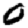
Digit: 0